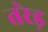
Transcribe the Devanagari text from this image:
तरेड़